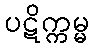
ပဋိက္ကမ္မ